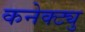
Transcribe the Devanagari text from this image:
कनेक्ट्यु